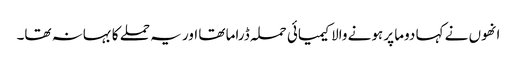
انھوں نے کہا دوما پر ہونے والا کیمیائی حملہ ڈراما تھا اور یہ حملے کا بہانہ تھا۔